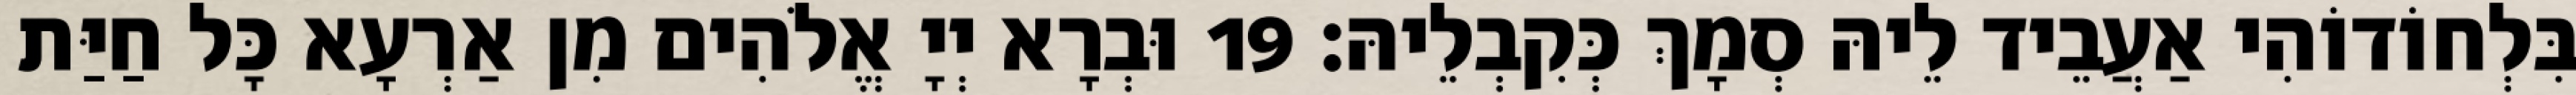
בִּלְחוֹדוֹהִי אַעֲבֵיד לֵיהּ סְמָךְ כְּקִבְלֵיהּ׃ 19 וּבְרָא יְיָ אֱלֹהִים מִן אַרְעָא כָּל חַיַּת